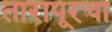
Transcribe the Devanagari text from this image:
तारापूरचा